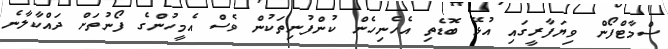
ސްމާޓްފޯން ވިޔަފާރީގައި އުޅޭ ބޮޑެތި އެހެނިހެން ކުންފުނިތަކުން ވެސް އެމީހުންގެ ފޯނުތަށް ދައްކާލާނެ